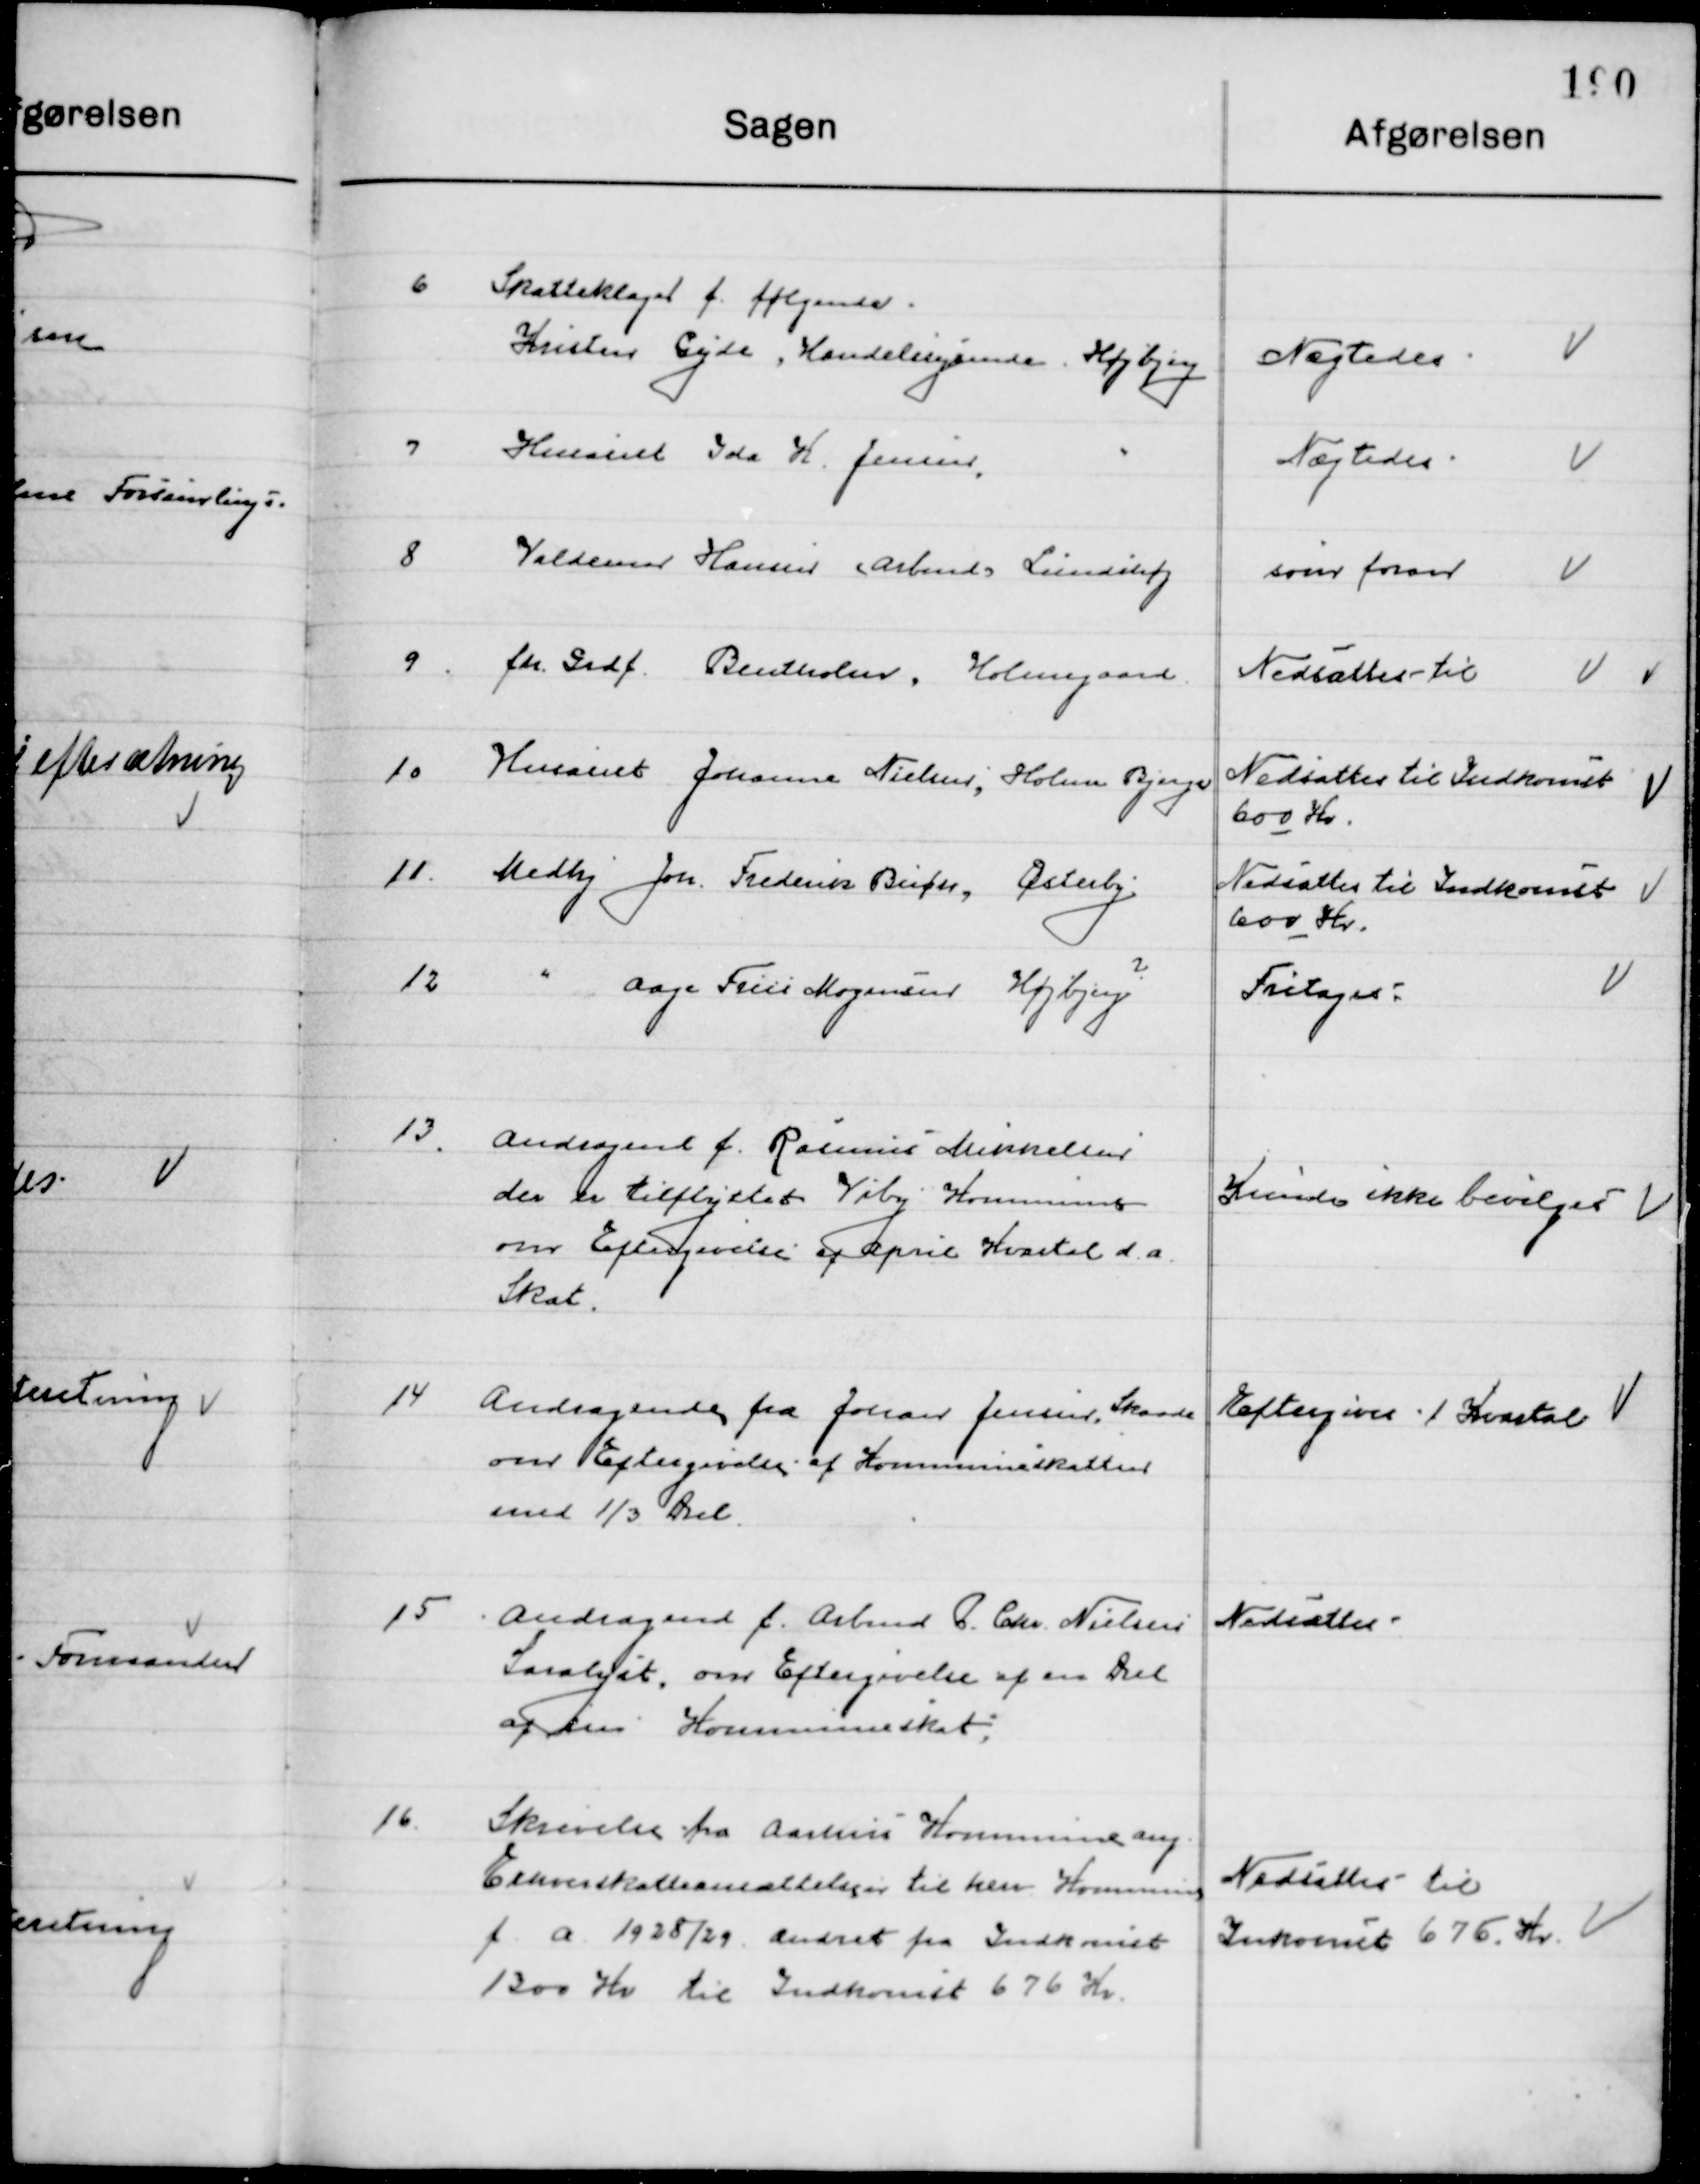
Transskription:
6

Skatteklage f. følgende
Kirsten Gyde, Handelsydende, Højbjerg

Nægtes

7

Husassistent Ida K. Jensen 			-

Nægtes

8

Valdemar Hansen (Arbmd) Lindehøj

Som foran

9

Fhv. Grd. F. Bentholm, Holmegaard

Nedsættes til

10

Husassistent Johanne Nielsen, Holme Bjerge

Nedsættes til Indkomst 
600 Kr.

11

Medhj. Joh. Frederik Buch, Østerby

Nedsættes til Indkomst 
600 Kr.

12

-	Aage Friis Mogensen Højbjerg
?

Fritages

13

Andragende f. Rasmus Mikkelsen
der er tilflyttet Viby Kommune
om Eftergivelse af april Kvartal d. a. 
Skat.

Kunde ikke bevilges

14

Andragende fra Johan Jensen Skaade
om Eftergivelse af Kommuneskatten 
med 1/3 Del.

Eftergives 1. Kvartal

15

Andragende f. Arbmd. P. Chr. Nielsen
Saralyst, om Eftergivelse af en Del
af hans Kommuneskat.

Nedsættes

16

Skrivelse fra Aarhus Kommune ang.
Erhvervsskatteansættelsen til Herv. Kommune
f. a. 1928/29. ændret fra Indkomst
1300 Kr. til Indkomst 676 Kr.

Nedsættes til 
Indkomst 676 Kr.